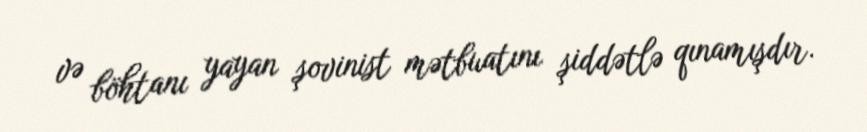
və böhtanı yayan şovinist mətbuatını şiddətlə qınamışdır.